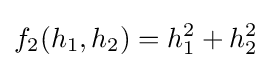
f_{2}(h_{1},h_{2})=h_{1}^{2}+h_{2}^{2}